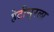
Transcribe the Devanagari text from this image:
हेटीसुरला